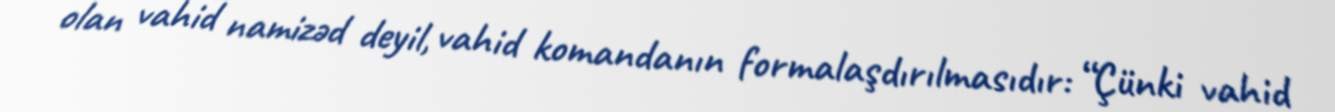
olan vahid namizəd deyil, vahid komandanın formalaşdırılmasıdır: “Çünki vahid